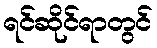
ရင်ဆိုင်ရာတွင်